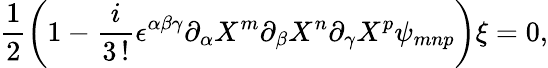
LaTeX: \frac{1}{2}\left(1-\frac{i}{3\, !}\epsilon^{\alpha\beta\gamma}\partial_{\alpha}X^{m}\partial_{\beta}X^{n}\partial_{\gamma}X^{p}\psi_{mnp}\right)\xi=0,